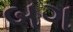
બગ